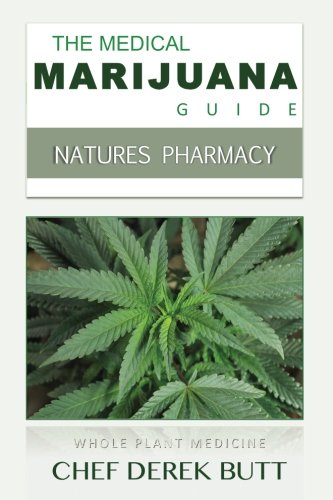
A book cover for The Medical Marijuana Guide: NATURES PHARMACY.; Chef Derek Butt; Medical Books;